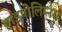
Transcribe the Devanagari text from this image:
हाइपोलिम्नस